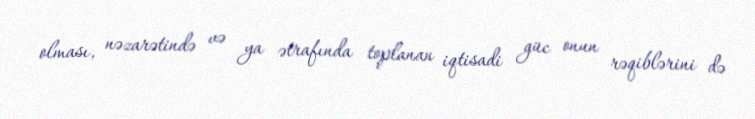
olması, nəzarətində və ya ətrafında toplanan iqtisadi güc onun rəqiblərini də